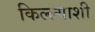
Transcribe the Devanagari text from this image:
किल्ल्याशी